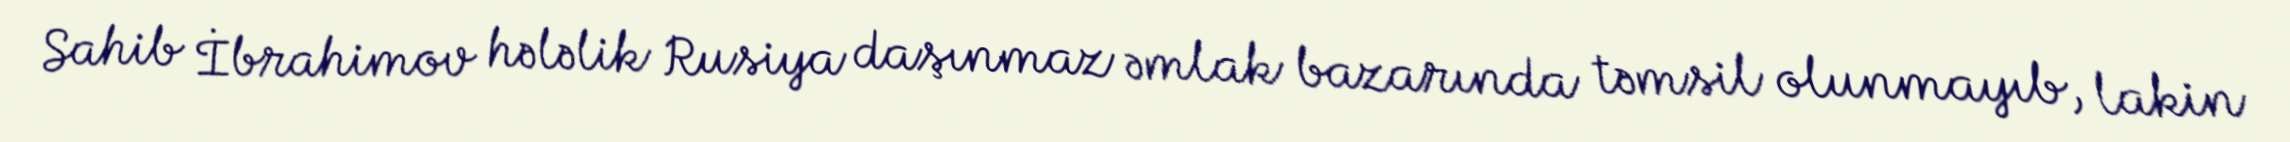
Sahib İbrahimov hələlik Rusiya daşınmaz əmlak bazarında təmsil olunmayıb, lakin